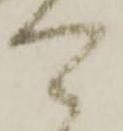
可